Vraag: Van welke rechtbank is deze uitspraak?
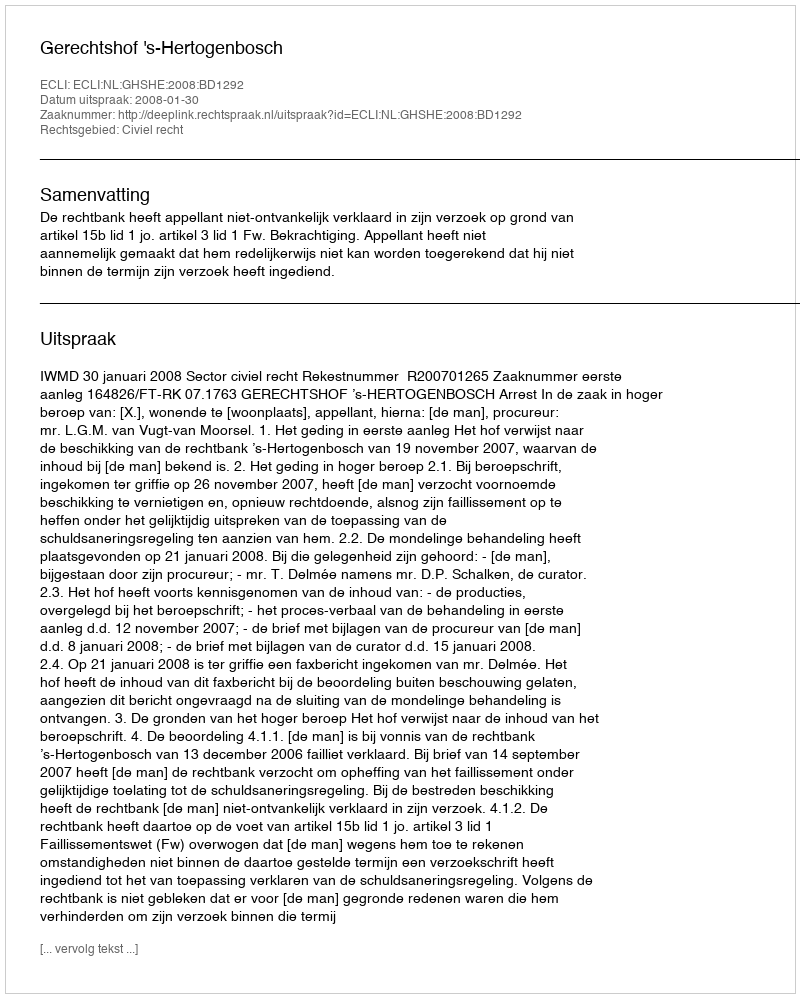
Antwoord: Gerechtshof 's-Hertogenbosch